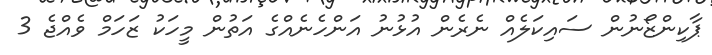
ޕާކިންޒޯނުން ސައިކަލެއް ނެރެން އުޅުނު އަންހެނެއްގެ އަތުން މީހަކު ޒަހަމް ވެއްޖެ 3